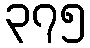
၃၇၅